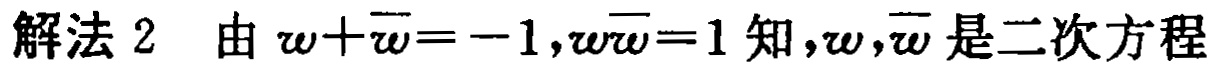
解法 2 由 \(w+\overline{w}=-1,w\overline{w}=1\) 知，\(w,\overline{w}\) 是二次方程